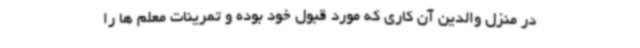
در منزل والدین آن کاری که مورد قبول خود بوده و تمرینات معلم ها را